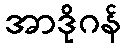
အာဒိုဂန်